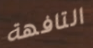
التافهة